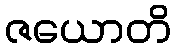
ဇယောတိ